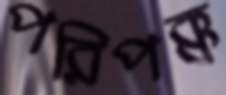
পরিপক্ক